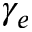
\gamma _ { e }